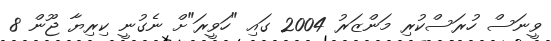
ވީނަސް ހުރަސްކުރި މަންޒަރު 2004 ގައި "ހަވީރަ"ށް ނެގުނީ ކިރިޔާ ޖޫން 8